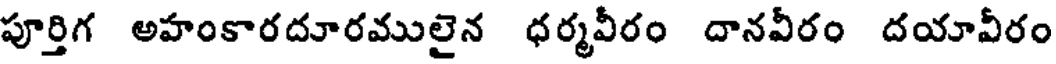
పూర్తిగ అహంకారదూరములైన ధర్మవీరం దానవీరం దయావీరం